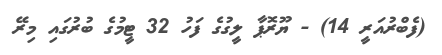
(ފެބްރުއަރީ 14) - ޔޫރޮޕާ ލީގުގެ ފަހު 32 ޓީމުގެ ބުރުގައި މިރޭ